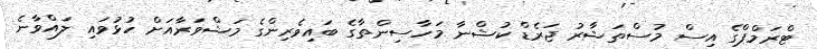
ޓްރަމްޕްގެ އިސް މުސްތަޝާރު ޖަރެޑް ކުޝްނާ މަހާސިންތާގެ ބައިވެރިންގެ މަޝްވަރާއަށް ހުޅުވައި ލައްވާނެ